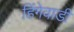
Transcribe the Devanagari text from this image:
हिंगेवाडी